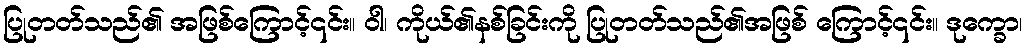
ပြုတတ်သည်၏ အဖြစ်ကြောင့်၎င်း။ ဝါ၊ ကိုယ်၏နစ်ခြင်းကို ပြုတတ်သည်၏အဖြစ် ကြောင့်၎င်း။ ဒုက္ခော၊